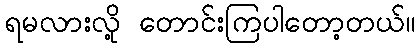
ရမလားလို့ တောင်းကြပါတော့တယ်။